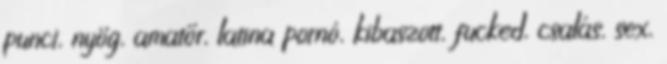
punci, nyög, amatőr, latina pornó, kibaszott, fucked, csalás, sex,